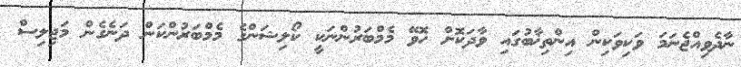
ނާދެވިއްޖެނަމަ ވަކިވަކިން އިންތިޚާބުގައި ވާދަކޮށް ހޮވޭ މެމްބަރުންނަކީ ކޯލިޝަންގެ މެމްބަރުންކަން ދަނެގެން މަޖިލިސް